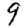
Digit: 9